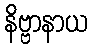
နိဗ္ဗာနာယ